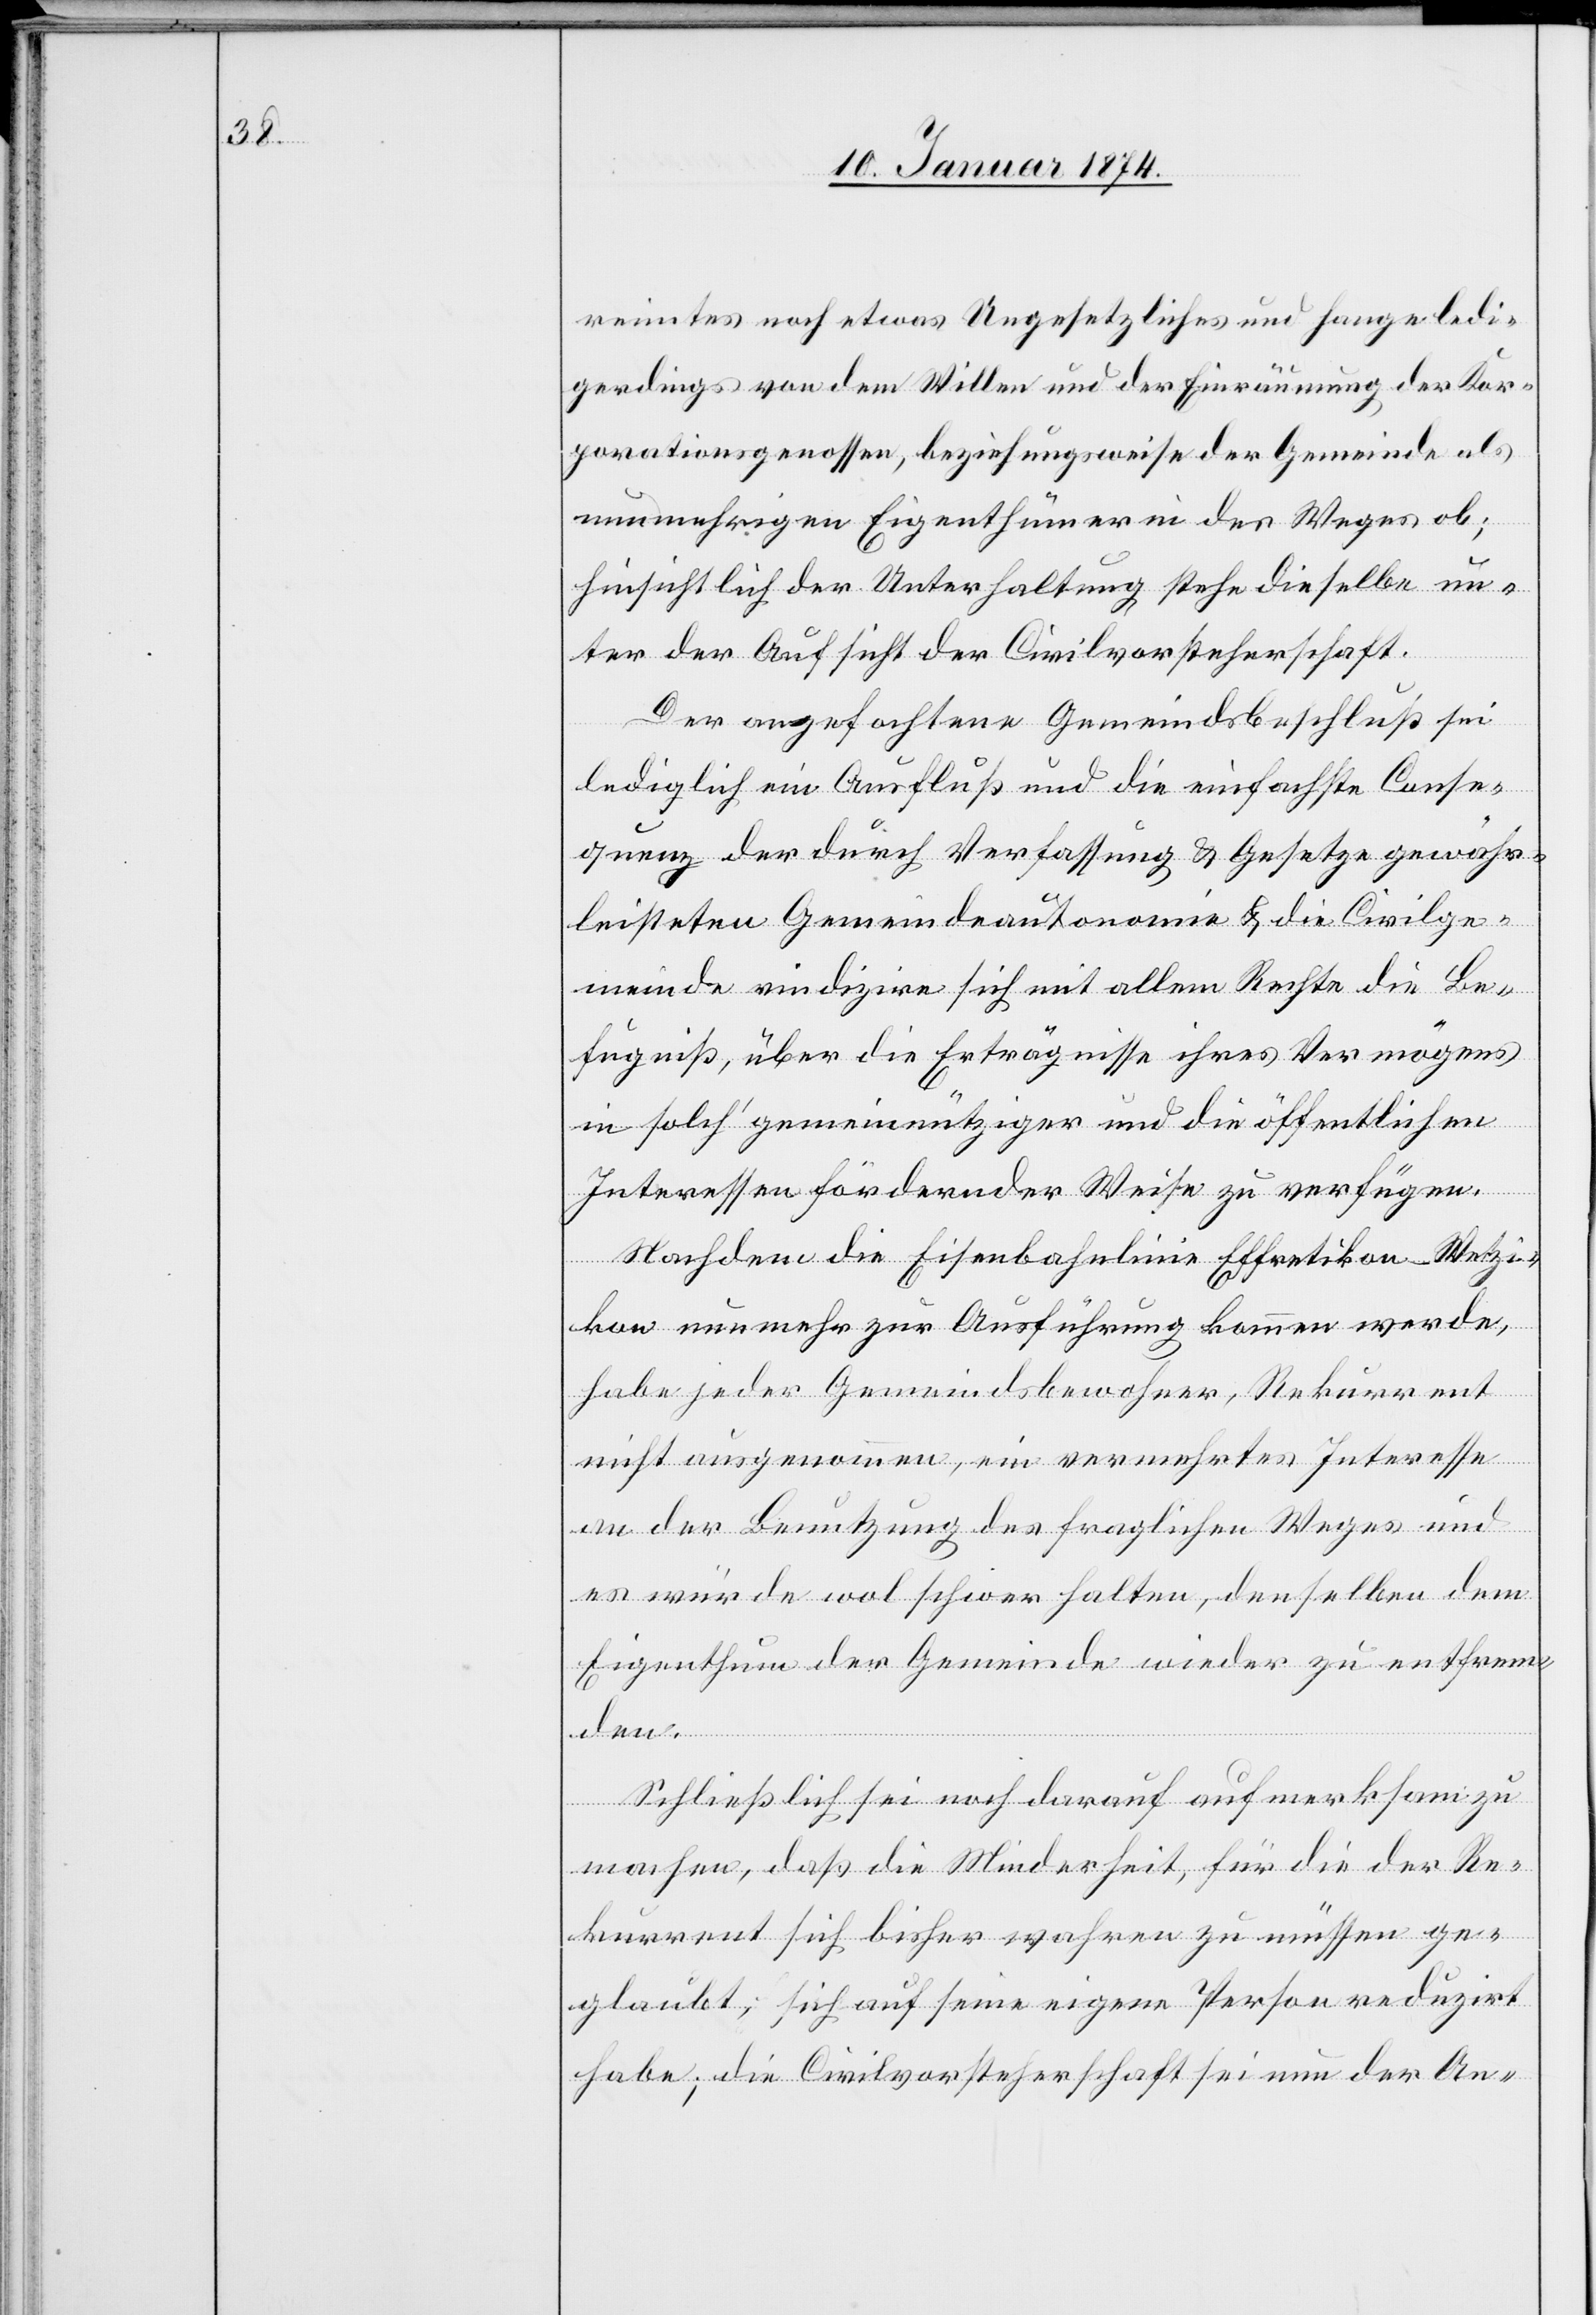
reimtes noch etwas Ungesetzliches und hange ledi¬
gerdings von dem Willen und der Einräumung der Kor¬
porationsgenossen, beziehungsweise der Gemeinde als
nunmehrigen Eigenthümer in den Weges ob;
hinsichtlich der Unterhaltung stehe dieselbe un¬
ter der Aufsicht der Civilvorsteherschaft.
Der angefochtene Gemeindsbeschluß sei
lediglich ein Ausfluß und die einfachste Conse¬
quenz der durch Verfassung & Gesetze gewähr¬
leisteten Gemeindeautonomie & die Civilge¬
meinde vindizire sich mit allen Rechte die Be¬
fugniß, über die Erträgnisse ihres Vermögens
in solch‘ gemeinnützigen und die öffentlichen
Interessen fördernder Weise zu verfügen.
Nachdem die Eisenbahnlinie Effretikon-Wetzi¬
kon nunmehr zur Ausführung kommen werde,
habe jeder Gemeindsbewohner, Rekurrent
nicht ausgenommen, ein vermehrtes Interesse
an der Benutzung des fraglichen Weges und
es würde wol schwerhalten, denselben dem
Eigenthum der Gemeinde wieder zu entfrem¬
den.
Schließlich sei noch darauf aufmerksam zu
machen, daß die Minderheit, für die der Re¬
kurrent sich bisher wahren zu müssen ge¬
glaubt; sich auf seine eigene Person reduzirt
habe; die Civilvorsteherschaft sei nun der An-